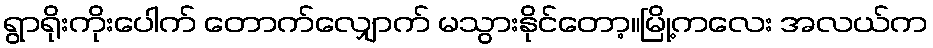
ရွာရိုးကိုးပေါက် တောက်လျှောက် မသွားနိုင်တော့။မြို့ကလေး အလယ်က